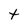
Character: t